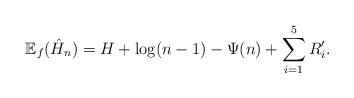
LaTeX: \begin{align*}\mathbb{E}_f(\hat{H}_n) = H + \log(n-1) - \Psi(n) + \sum_{i=1}^5 R_i'.\end{align*}